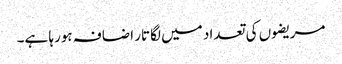
مریضوں کی تعداد میں لگاتار اضافہ ہورہا ہے۔